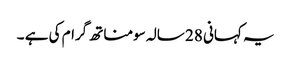
یہ کہانی 28 سالہ سومناتھ گرام کی ہے ۔